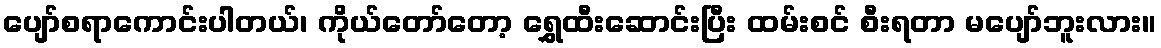
ပျော်စရာကောင်းပါတယ်၊ ကိုယ်တော်တော့ ရွှေထီးဆောင်းပြီး ထမ်းစင် စီးရတာ မပျော်ဘူးလား။